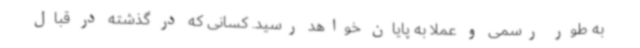
به طور رسمی و عملا به پایان خواهد رسید. کسانی که در گذشته در قبال